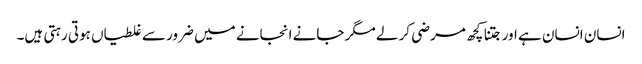
انسان انسان ہے اور جتنا کچھ مرضی کر لے مگر جانے انجانے میں ضرور سے غلطیاں ہوتی رہتی ہیں۔